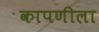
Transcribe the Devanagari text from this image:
कापणीला